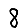
Digit: 8